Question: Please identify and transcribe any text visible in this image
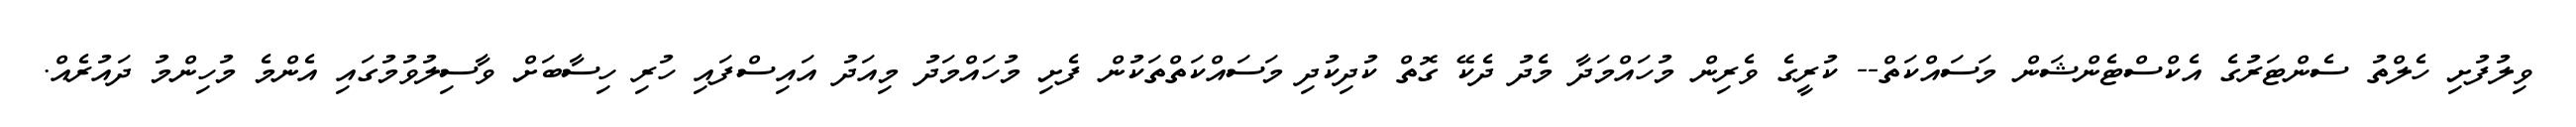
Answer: ވިލުފުށި ހެލްތު ސެންޓަރުގެ އެކްސްޓެންޝަން މަސައްކަތް-- ކުރީގެ ވެރިން މުހައްމަދާ މެދު ދެކޭ ގޮތް ކުދިކުދި މަސައްކަތްތަކުން ފެށި މުހައްމަދު މިއަދު އައިސްފައި ހުރި ހިސާބަށް ވާސިލުވުމުގައި އެންމެ މުހިންމު ދައުރެއް.